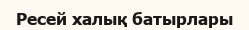
Ресей халық батырлары